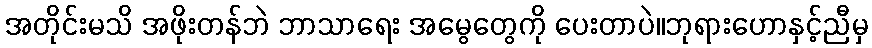
အတိုင်းမသိ အဖိုးတန်ဘဲ ဘာသာရေး အမွေတွေကို ပေးတာပဲ။ဘုရားဟောနှင့်ညီမှ